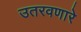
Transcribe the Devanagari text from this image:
उतरवणारे